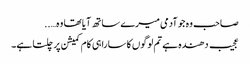
صاحب وہ جو آدمی میرے ساتھ آیا تھا وہ…..
عجیب دھندہ ہے تم لوگوں کا سارا ہی کام کمیشن پر چلتا ہے۔